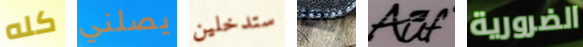
كله يصلني ستدخلين إنها Auf الضرورية